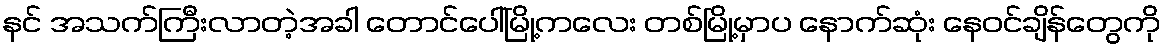
နင် အသက်ကြီးလာတဲ့အခါ တောင်ပေါ်မြို့ကလေး တစ်မြို့မှာပ နောက်ဆုံး နေဝင်ချိန်တွေကို